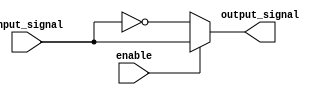
module buffer (
    input wire enable,
    input wire input_signal,
    output reg output_signal
);

always @ (enable or input_signal)
begin
    if (!enable) begin
        output_signal <= !input_signal;
    end else begin
        output_signal <= input_signal;
    end
end

endmodule